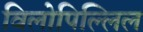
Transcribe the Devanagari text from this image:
विलोपिल्लिल